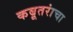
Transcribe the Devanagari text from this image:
कबूतरांचा